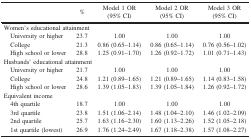
<table><thead><tr><td><b> </b></td><td><b>%</b></td><td><b>Model 1 OR(95% CI)</b></td><td><b>Model 2 OR(95% CI)</b></td><td><b>Model 3 OR(95% CI)</b></td></tr></thead><tbody><tr><td colspan="5">Women’s educational attainment</td></tr><tr><td> University or higher</td><td>23.7</td><td>1.00</td><td>1.00</td><td>1.00</td></tr><tr><td> College</td><td>21.3</td><td>0.86 (0.65–1.14)</td><td>0.86 (0.65–1.14)</td><td>0.76 (0.56–1.02)</td></tr><tr><td> High school or lower</td><td>28.8</td><td>1.25 (0.91–1.70)</td><td>1.26 (0.92–1.72)</td><td>1.01 (0.71–1.43)</td></tr><tr><td colspan="5">Husbands’ educational attainment</td></tr><tr><td> University or higher</td><td>21.7</td><td>1.00</td><td>1.00</td><td>1.00</td></tr><tr><td> College</td><td>24.8</td><td>1.21 (0.89–1.65)</td><td>1.21 (0.89–1.65)</td><td>1.14 (0.83–1.58)</td></tr><tr><td> High school or lower</td><td>28.6</td><td>1.39 (1.05–1.83)</td><td>1.39 (1.05–1.84)</td><td>1.26 (0.92–1.72)</td></tr><tr><td colspan="5">Equivalent income</td></tr><tr><td> 4th quartile</td><td>18.7</td><td>1.00</td><td>1.00</td><td>1.00</td></tr><tr><td> 3rd quartile</td><td>23.8</td><td>1.51 (1.06–2.14)</td><td>1.48 (1.04–2.10)</td><td>1.46 (1.02–2.09)</td></tr><tr><td> 2nd quartile</td><td>25.7</td><td>1.63 (1.16–2.30)</td><td>1.60 (1.13–2.26)</td><td>1.52 (1.05–2.18)</td></tr><tr><td> 1st quartile (lowest)</td><td>26.9</td><td>1.76 (1.24–2.49)</td><td>1.67 (1.18–2.38)</td><td>1.57 (1.08–2.27)</td></tr></tbody></table>